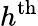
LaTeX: h^{\mathrm{th}}